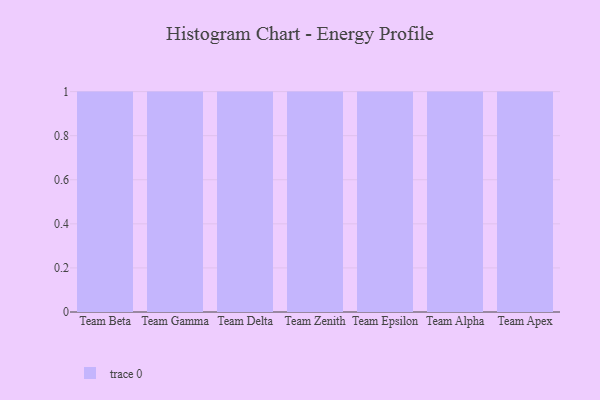
{"axis": {"x": "Team", "y": "Backlog"}, "legend": [""], "data": [{"x": "Team Beta", "y": 45, "type": ""}, {"x": "Team Gamma", "y": 57, "type": ""}, {"x": "Team Delta", "y": 83, "type": ""}, {"x": "Team Zenith", "y": 64, "type": ""}, {"x": "Team Epsilon", "y": 77, "type": ""}, {"x": "Team Alpha", "y": 63, "type": ""}, {"x": "Team Apex", "y": 91, "type": ""}]}